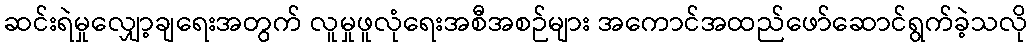
ဆင်းရဲမှုလျှော့ချရေးအတွက် လူမှုဖူလုံရေးအစီအစဉ်များ အကောင်အထည်ဖော်ဆောင်ရွက်ခဲ့သလို